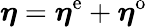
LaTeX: \boldsymbol{\eta}=\boldsymbol{\eta}^{\mathrm{e}}+\boldsymbol{\eta}^{\mathrm{o}}